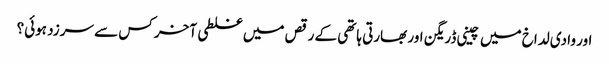
اور وادی لداخ میں چینی ڈریگن اور بھارتی ہاتھی کے رقص میں غلطی آخر کس سے سرزد ہوئی؟